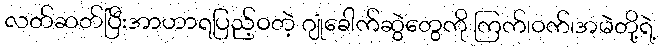
လတ်ဆတ်ပြီးအာဟာရပြည့်ဝတဲ့ ဂျုံခေါက်ဆွဲတွေကို ကြက်၊ဝက်၊အမဲတို့ရဲ့